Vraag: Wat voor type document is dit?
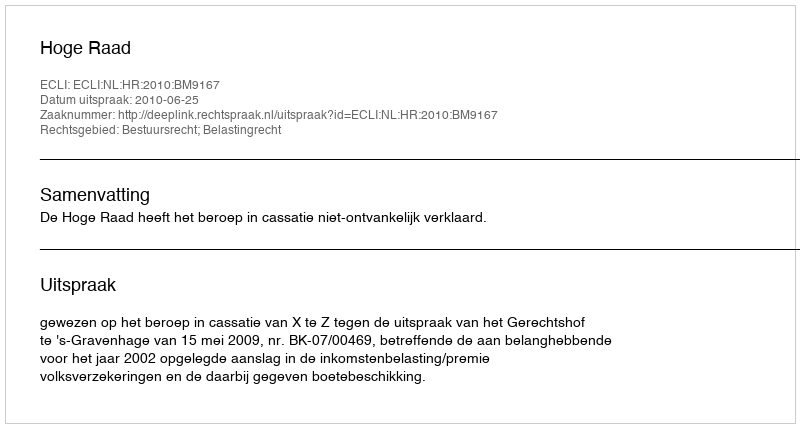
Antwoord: Uitspraak